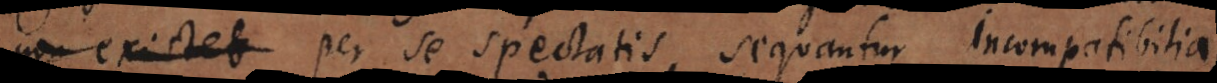
non existet per se spectatis, sequantur incompatibilia